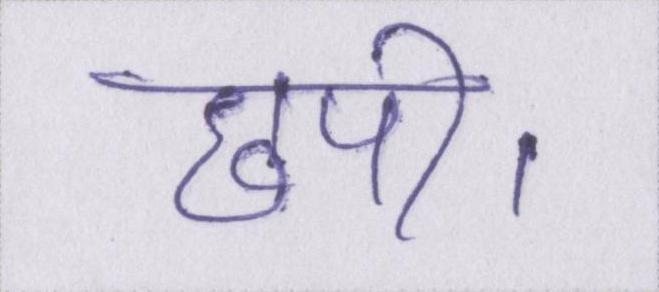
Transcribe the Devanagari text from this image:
छपी।